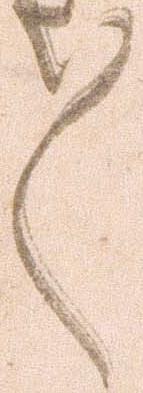
々